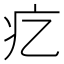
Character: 𤴥